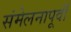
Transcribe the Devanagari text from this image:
संमेलनापूर्वी